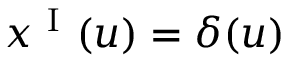
x ^ { \mathrm { ~ I ~ } } ( u ) = \delta ( u )